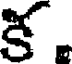
క.